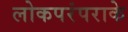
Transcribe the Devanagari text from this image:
लोकपरंपराके